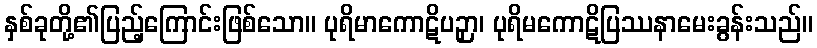
နှစ်ခုတို့၏ပြည့်ကြောင်းဖြစ်သော။ ပုရိမာကောဋိပဉှာ၊ ပုရိမကောဋိပြဿနာမေးခွန်းသည်။